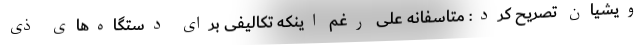
ویشیان تصریح کرد: متاسفانه علی رغم اینکه تکالیفی برای دستگاه‌های ذی